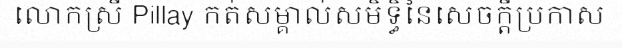
លោកស្រី Pillay កត់សម្គាល់សមិទ្ធិនៃសេចក្តីប្រកាស